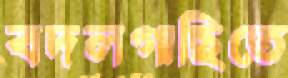
বদলগাছিতে